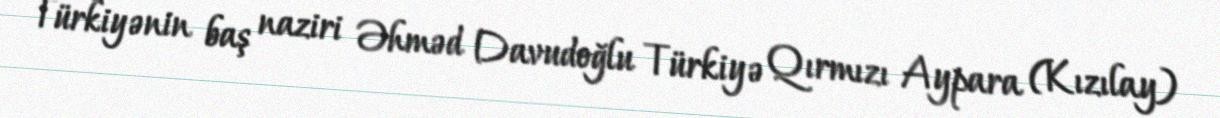
Türkiyənin baş naziri Əhməd Davudoğlu Türkiyə Qırmızı Aypara (Kızılay)